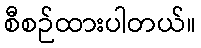
စီစဉ်ထားပါတယ်။